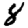
Digit: 8